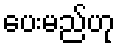
ပေးမည်ဟု